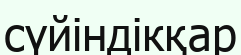
сүйіндікқар